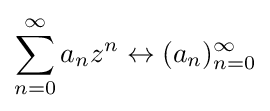
\sum _{n=0}^{\infty }a_{n}z^{n}\leftrightarrow (a_{n})_{n=0}^{\infty }